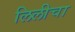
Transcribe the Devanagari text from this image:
लिलीचा